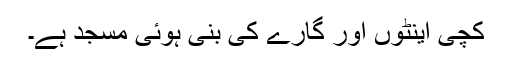
کچی اینٹوں اور گارے کی بنی ہوئی مسجد ہے۔